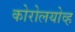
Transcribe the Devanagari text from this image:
कोरोलयोव्ह